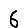
Digit: 6